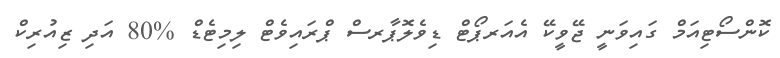
ކޮންސޯޓިއަމް ގައިވަނީ ޖޭވީކޭ އެއަރޕޯޓް ޑިވެލޮޕާރސް ޕްރައިވެޓް ލިމިޓެޑް %80 އަދި ޒިއުރިކް